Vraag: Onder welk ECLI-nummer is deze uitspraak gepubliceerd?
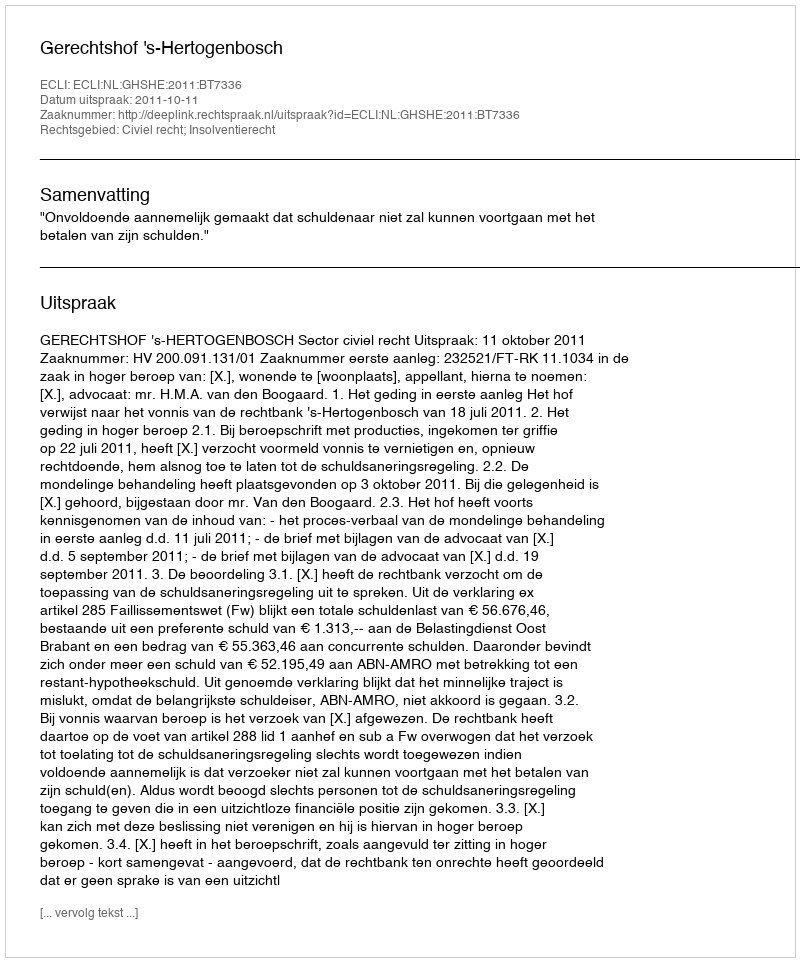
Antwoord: ECLI:NL:GHSHE:2011:BT7336